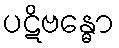
ပဋိဗန္ဓော